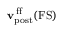
{ \mathbf { v } } _ { \mathrm { p o s t } } ^ { \mathrm { \, f f } } ( \mathrm { F S } )